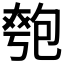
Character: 𫯯